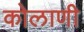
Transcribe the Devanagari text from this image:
कोलाणी